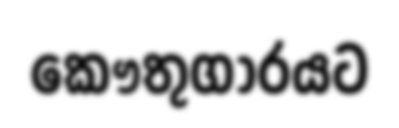
කෞතුගාරයට